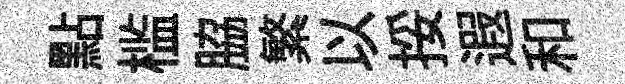
點槛脇繁以挼遐和